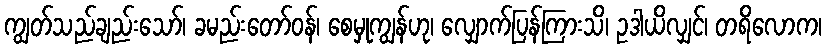
ကျွတ်သည်ချည်းသော်၊ ခမည်းတော်ဝန်၊ စေမှုကျွန်ဟု၊ လျှောက်ပြန်ကြားသိ၊ ဥဒါယိလျှင်၊ တရိလောက၊